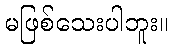
မဖြစ်သေးပါဘူး။